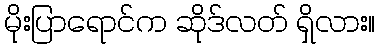
မိုးပြာရောင်က ဆိုဒ်လတ် ရှိလား။